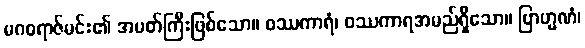
မဂဓရာဇ်မင်း၏ အမတ်ကြီးဖြစ်သော။ ဝဿကာရံ၊ ဝဿကာရအမည်ရှိသော။ ဗြာဟ္မဏံ၊